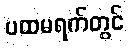
ပထမရက်တွင်